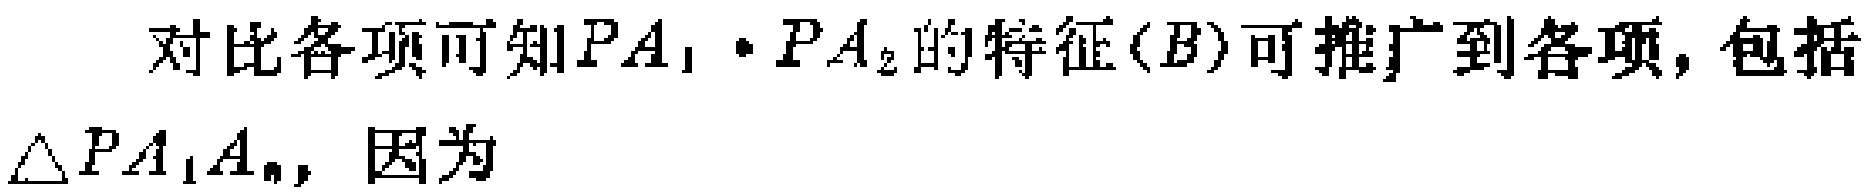
对比各项可知\(PA_{1}\cdot PA_{2}\)的特征\((B)\)可推广到各项，包括\(\triangle PA_{1}A_{n}\)，因为